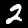
Label: 2